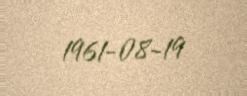
1961-08-19